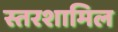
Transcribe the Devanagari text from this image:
स्तरशामिल